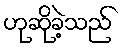
ဟုဆိုခဲ့သည်